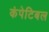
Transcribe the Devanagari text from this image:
कंपेटिबल